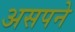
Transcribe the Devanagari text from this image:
असपने